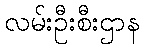
လမ်းဦးစီးဌာန